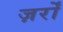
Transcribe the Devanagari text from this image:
ज़र्रों